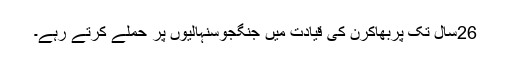
26سال تک پربھاکرن کی قیادت میں جنگجوسنہالیوں پر حملے کرتے رہے۔